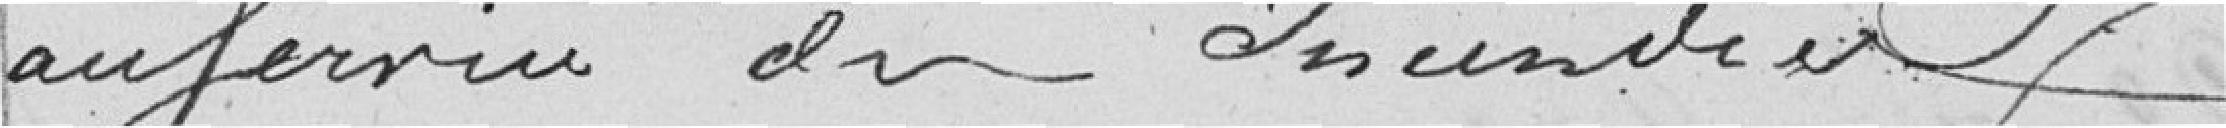
au service des incendies.